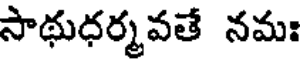
సాథుధర్మవతే నమః